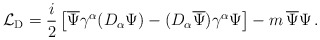
\begin{align*} {\mathcal L}_{\rm D} = \frac{i}{2}\left[\overline{\Psi}\gamma^\alpha (D_\alpha\Psi)- (D_\alpha\overline{\Psi})\gamma^\alpha\Psi \right]-m\,\overline{\Psi}\Psi\,.\end{align*}